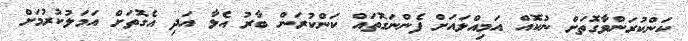
ކަންކުރަންވާގޮތަށް ނުކޮއް އަމިއްލައަށް ފެންނަގޮތައް ކަންކުރަން ބާރު އެޅާ އަދި އެގޮތަށް އަމަލުކުރުމަށް